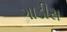
ગાડીસ